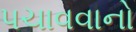
પચાવવાનો